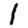
Digit: 1